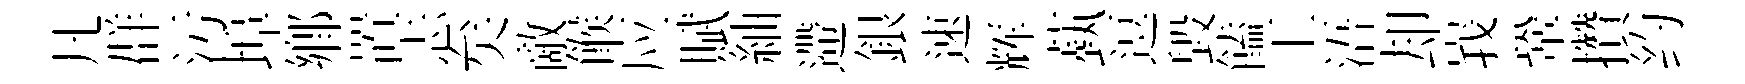
凡群汚埠鄉置忐矣敵餱应賦紬遰銀速辉蓺逗毀饁工浯却峩鞏攢约